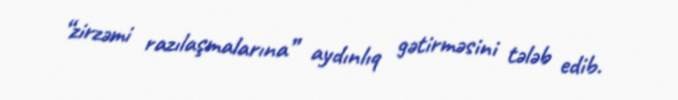
“zirzəmi razılaşmalarına” aydınlıq gətirməsini tələb edib.